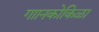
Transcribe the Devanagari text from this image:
गाानकोकिळा